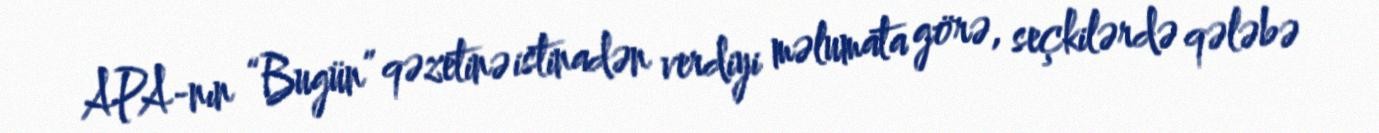
APA-nın “Bugün” qəzetinə istinadən verdiyi məlumata görə, seçkilərdə qələbə